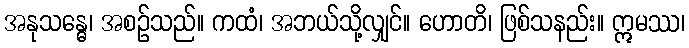
အနုသန္ဓေ၊ အစဉ်သည်။ ကထံ၊ အဘယ်သို့လျှင်။ ဟောတိ၊ ဖြစ်သနည်း။ ဣမဿ၊